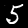
Label: 5